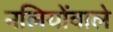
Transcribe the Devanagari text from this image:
नलियोंवाले